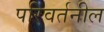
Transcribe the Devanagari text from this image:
परिवर्तनील